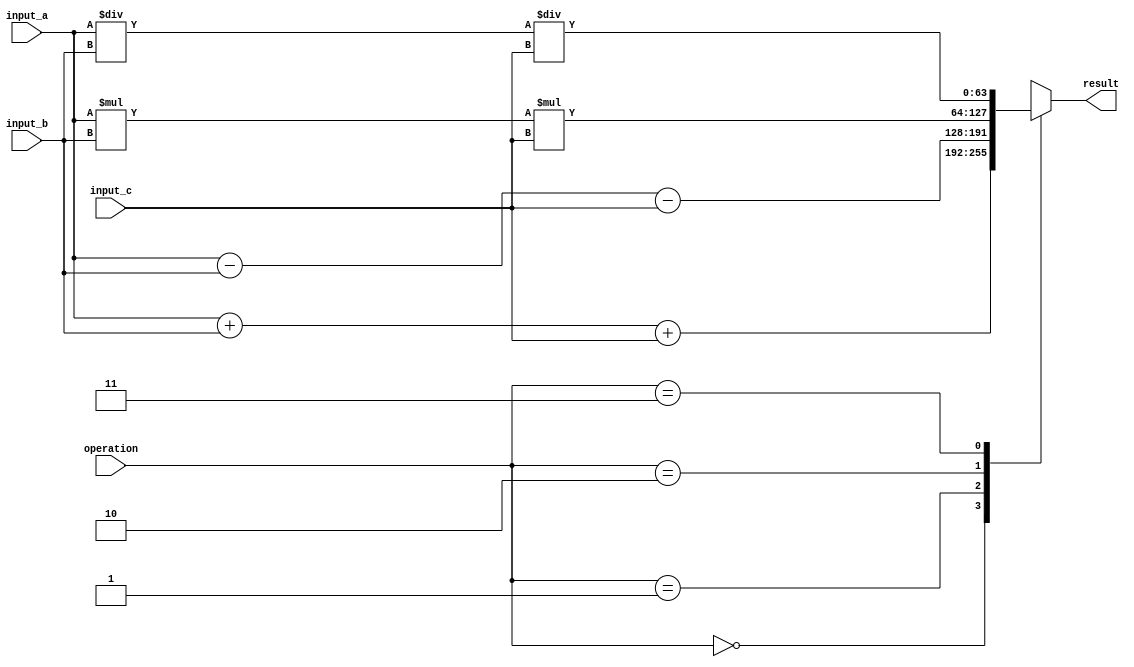
module triple_precision_float_unit (
    input [63:0] input_a,
    input [63:0] input_b,
    input [63:0] input_c,
    input [1:0] operation, // 00 for addition, 01 for subtraction, 10 for multiplication, 11 for division
    output reg [63:0] result
);

always @(*)
begin
    case(operation)
        2'b00: // Addition
            result = input_a + input_b + input_c;
        2'b01: // Subtraction
            result = input_a - input_b - input_c;
        2'b10: // Multiplication
            result = input_a * input_b * input_c;
        2'b11: // Division
            result = input_a / input_b / input_c;
    endcase
end

endmodule